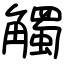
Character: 觸